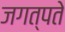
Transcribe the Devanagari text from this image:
जगत्पते